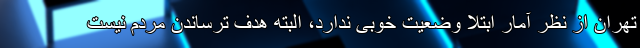
تهران از نظر آمار ابتلا وضعیت خوبی ندارد، البته هدف ترساندن مردم نیست